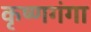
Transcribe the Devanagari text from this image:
कृष्णगंगा